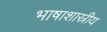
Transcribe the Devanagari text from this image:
भाषाशास्रीय